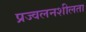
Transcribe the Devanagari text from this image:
प्रज्वलनशीलता